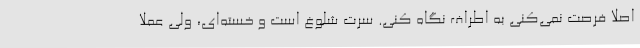
اصلا فرصت نمی‌کنی به اطراف نگاه کنی. سرت شلوغ است و خسته‌ای، ولی عملا